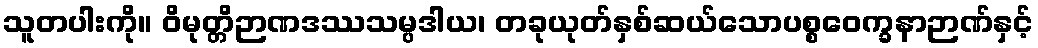
သူတပါးကို။ ဝိမုတ္တိဉာဏဒဿသမ္ပဒါယ၊ တခုယုတ်နှစ်ဆယ်သောပစ္စဝေက္ခနာဉာဏ်နှင့်